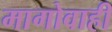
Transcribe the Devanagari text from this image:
मागोवाही